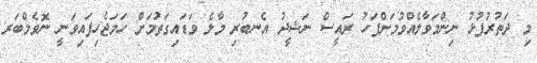
މި ދަތުރުފުޅު ނިންމަވާލެއްވުމަށްފަހު ރައީސް ނަޝީދު އެނބުރި މާލެ ވަޑައިގަތުމަށް ހަމަޖެހިފައިވަނީ ނޮވެމްބަރ